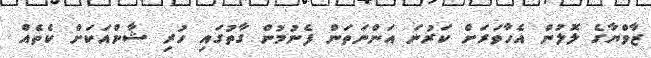
ޒާވްޔާގެ ލޮލުން އެހާވަރަށް ކަރުނަ އަންނަތަން ފެނުމުން ގާތުގައި ހުރި ޝާންއަކަށް ކެތެއް